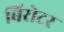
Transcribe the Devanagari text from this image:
बिरोटर